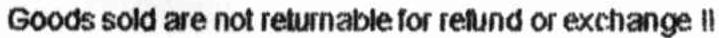
GOODS SOLD ARE NOT RETURNABLE FOR REFUND OR EXCHANGE !!